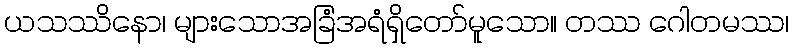
ယသဿိနော၊ များသောအခြံအရံရှိတော်မူသော။ တဿ ဂေါတမဿ၊